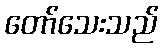
တော်သေးသည်